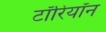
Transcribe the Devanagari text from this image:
टॉरियॉन